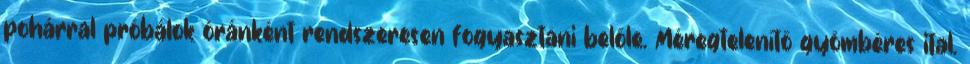
pohárral próbálok óránként rendszeresen fogyasztani belőle. Méregtelenítő gyömbéres ital.